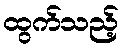
ထွက်သည့်